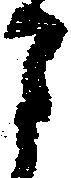
月